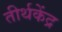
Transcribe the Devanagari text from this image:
तीर्थकेंद्र